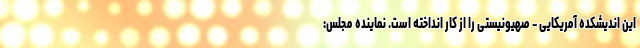
این اندیشکده آمریکایی – صهیونیستی را از کار انداخته است. نماینده مجلس: